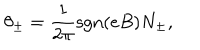
\theta _ { \pm } = \frac { 1 } { 2 \pi } \mathrm { s g n } ( e B ) N _ { \pm } ,